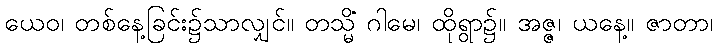
ယေဝ၊ တစ်နေ့ခြင်း၌သာလျှင်။ တသ္မိံ ဂါမေ၊ ထိုရွာ၌။ အဇ္ဇ၊ ယနေ့။ ဇာတာ၊